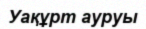
Уақұрт ауруы